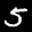
Label: 5